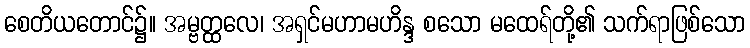
စေတိယတောင်၌။ အမ္ဗတ္ထလေ၊ အရှင်မဟာမဟိန္ဒ စသော မထေရ်တို့၏ သက်ရာဖြစ်သော